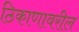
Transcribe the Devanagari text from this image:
ठिकाणावरील